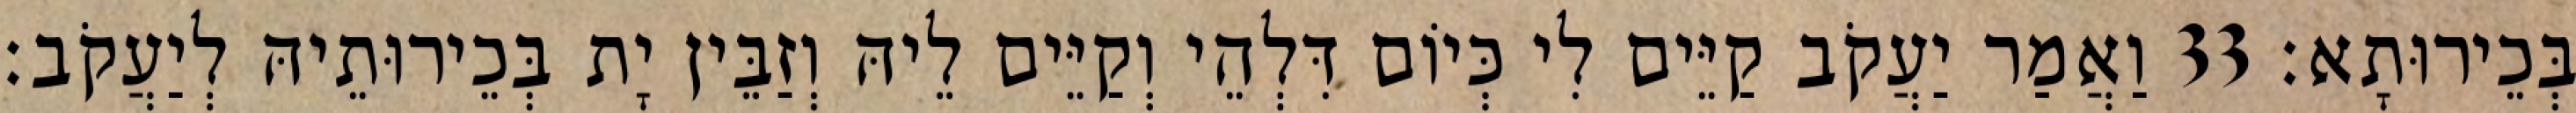
בְּכֵירוּתָא׃ 33 וַאֲמַר יַעֲקֹב קַיֵּים לִי כְּיוֹם דִּלְהֵי וְקַיֵּים לֵיהּ וְזַבֵּין יָת בְּכֵירוּתֵיהּ לְיַעֲקֹב׃